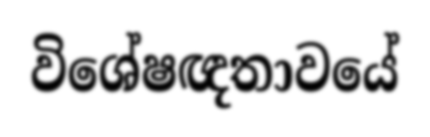
විශේෂඥතාවයේ